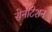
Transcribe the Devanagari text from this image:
सेनीटेशन